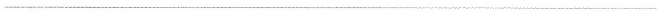
___